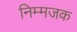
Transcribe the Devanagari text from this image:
निम्मजक